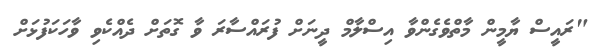
"ރައީސް ޔާމީން މާތްވެގެންވާ އިސްލާމް ދީނަށް ފުރައްސާރަ ވާ ގޮތަށް ދެއްކެވި ވާހަކަފުޅަށް